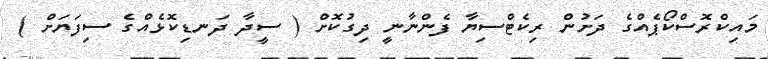
މައިކްރޮސްކޯޕެއްގެ ދަށުން ރިކެޓްސިޔާ ފެންނާނީ ދިގުކޮށް ( ސީދާ ދަނޑިކޮޅެއްގެ ސިފަަޔަށް )